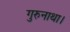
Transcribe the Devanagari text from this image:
गुरुनाथा।